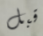
قبل